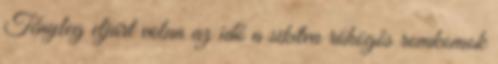
Tényleg eljárt volna az idő a sikítva röhögős romkomok